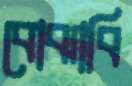
বোঝাবি